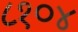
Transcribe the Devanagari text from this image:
८१०४